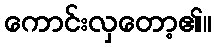
ကောင်းလှတော့၏။